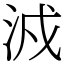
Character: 㳚